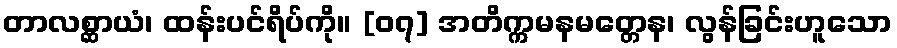
တာလစ္ဆာယံ၊ ထန်းပင်ရိပ်ကို။ [၀၇] အတိက္ကမနမတ္တေန၊ လွန်ခြင်းဟူသော